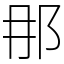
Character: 𨙻